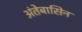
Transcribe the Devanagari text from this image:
अंतेबासिन